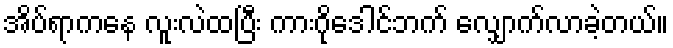
အိပ်ရာကနေ လူးလဲထပြီး ကားဂိုဒေါင်ဘက် လျှောက်လာခဲ့တယ်။